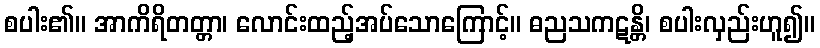
စပါး၏။ အာကိရိတတ္တာ၊ လောင်းထည့်အပ်သောကြောင့်။ ဓညသကဋန္တိ၊ စပါးလှည်းဟူ၍။